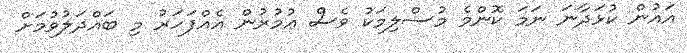
އައުން ކުޅަދާނަ ނަމަ ކޮންމެ މުސްލިމަކު ވެސް ޢުމުރުން އެއްފަހަރު މި ބައްދަލުވުމަށް